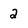
Character: 2